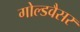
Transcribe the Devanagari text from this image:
गोल्डवैसर